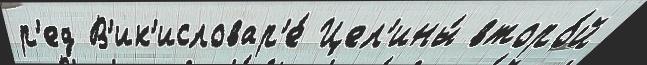
р'ед В'ик'исловар'е́ Цел'ины́ второ́й